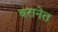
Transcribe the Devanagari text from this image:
बरानेत